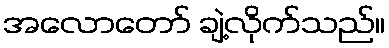
အလောတော် ချဲ့လိုက်သည်။